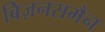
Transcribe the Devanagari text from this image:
बिज़नसमैन